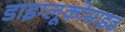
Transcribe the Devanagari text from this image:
डाइग्लूकोसाइड